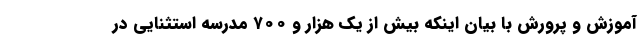
آموزش و پرورش با بیان اینکه بیش از یک هزار و ۷۰۰ مدرسه استثنایی در